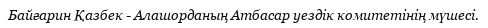
Байғарин Қазбек - Алашорданың Атбасар уездік комитетінің мүшесі.